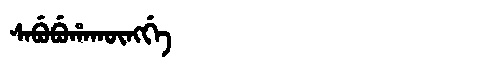
Manchu: ᠰᠠᠪᡠᠪᡠᡥᠠᡴᡡᠩᡤᡝ
Romanization: SABUBUHAKŪNGGE